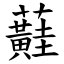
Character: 蘳